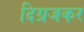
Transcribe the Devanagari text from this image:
दिग्रजकर